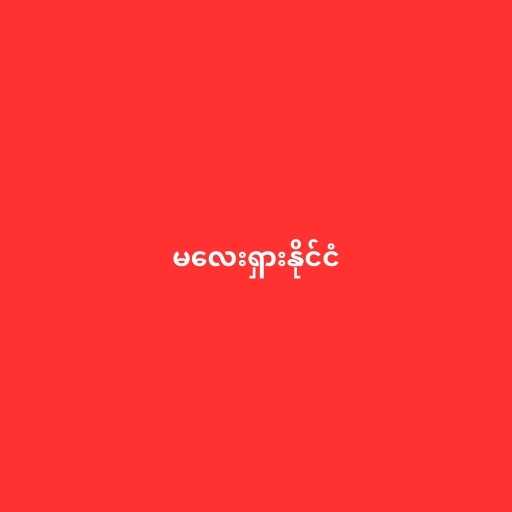
မလေးရှားနိုင်ငံ